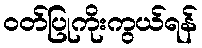
ဝတ်ပြုကိုးကွယ်ရန်